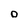
Character: O